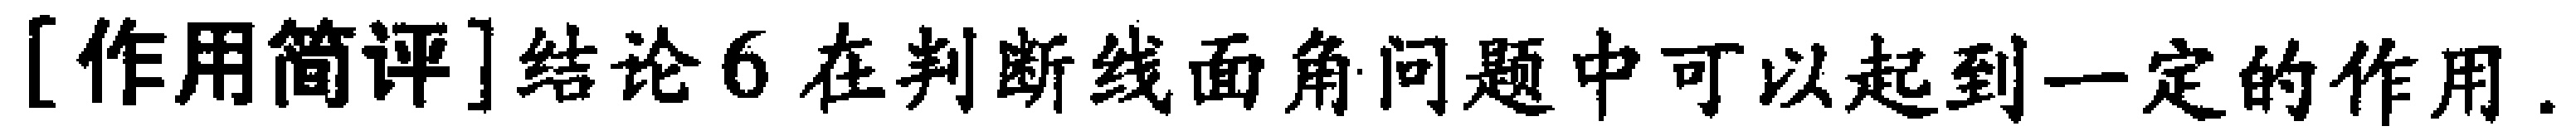
[作用简评]结论6 在判断线面角问题中可以起到一定的作用.